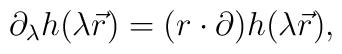
\partial_\lambda h(\lambda \vec{r}) = (r \cdot \partial) h(\lambda \vec{r}),